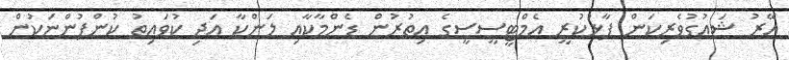
އޭރު ޝައުުގުވެރިކަން ފާޅުކުރީ އެމްޓީސީސީގެ އިތުުރުން ޑެންމާކާއި ލަންކާ އަދި ކުވައިތު ކުންފުންޏަކުން